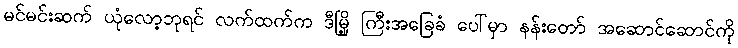
မင်မင်းဆက် ယုံလော့ဘုရင် လက်ထက်က ဒီမြို့ ကြီးအခြေခံ ပေါ်မှာ နန်းတော် အဆောင်ဆောင်ကို